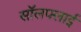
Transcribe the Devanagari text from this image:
सॉलफ्लाई